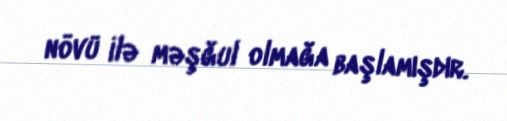
növü ilə məşğul olmağa başlamışdır.